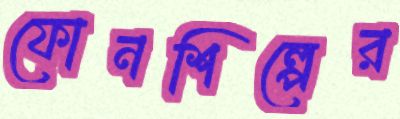
ফোনশিল্পের